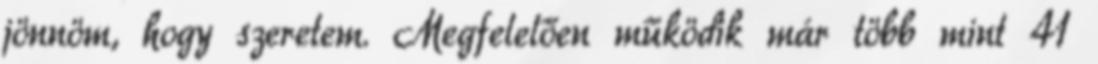
jönnöm, hogy szeretem. Megfelelően működik már több mint 41